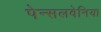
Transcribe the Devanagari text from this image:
पेन्सलवेनिया